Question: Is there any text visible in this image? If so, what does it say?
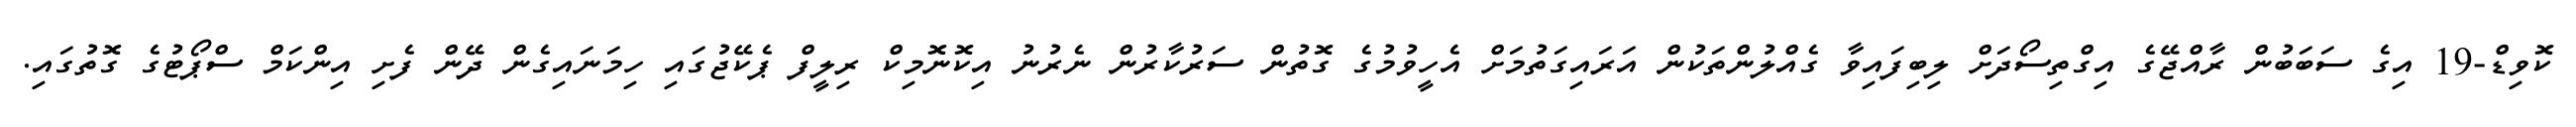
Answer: ކޮވިޑް-19 އިގެ ސަބަބުން ރާއްޖޭގެ އިގްތިސޯދަށް ލިބިފައިވާ ގެއްލުންތަކުން އަރައިގަތުމަށް އެހީވުމުގެ ގޮތުން ސަރުކާރުން ނެރުނު އިކޮނޮމިކް ރިލީފް ޕެކޭޖުގައި ހިމަނައިގެން ދޭން ފެށި އިންކަމް ސްޕޯޓުގެ ގޮތުގައި.